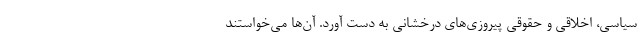
سیاسی، اخلاقی و حقوقی پیروزی‌های درخشانی به دست آورد. آن‌ها می‌خواستند